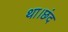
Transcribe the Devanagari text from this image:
था।छंद